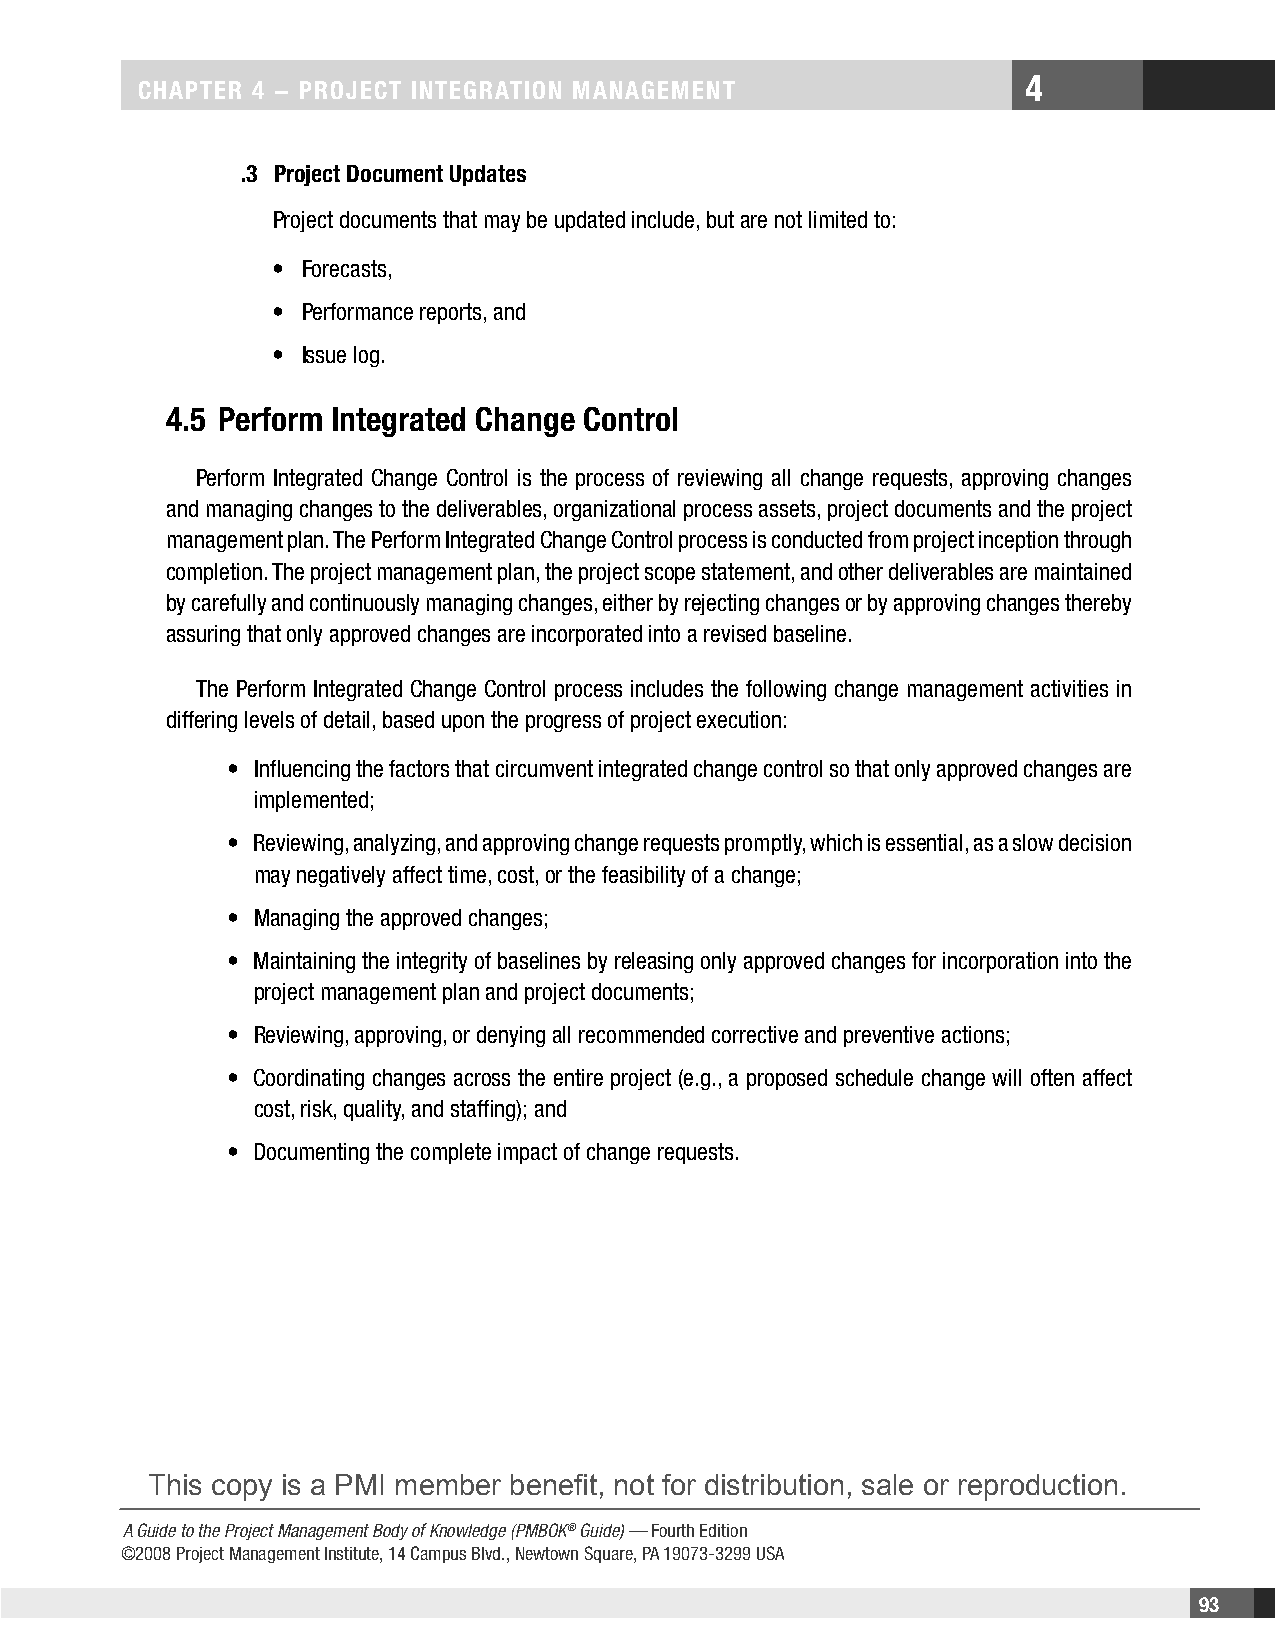
4
 CHaPteR 4 − PRojeCt IntegRatIon management
 .3 Project Document updates
 Project documents that may be updated include, but are not limited to:
 • Forecasts,
 • Performance reports, and
 • Issue log.
 4.5 Perform Integrated Change Control
 Perform Integrated Change Control is the process of reviewing all change requests, approving changes
 and managing changes to the deliverables, organizational process assets, project documents and the project
 management plan. The Perform Integrated Change Control process is conducted from project inception through
 completion. The project management plan, the project scope statement, and other deliverables are maintained
 by carefully and continuously managing changes, either by rejecting changes or by approving changes thereby
 assuring that only approved changes are incorporated into a revised baseline.
 The Perform Integrated Change Control process includes the following change management activities in
 differing levels of detail, based upon the progress of project execution:
 • Influencing the factors that circumvent integrated change control so that only approved changes are
 implemented;
 • Reviewing, analyzing, and approving change requests promptly, which is essential, as a slow decision
 may negatively affect time, cost, or the feasibility of a change;
 • Managing the approved changes;
 • Maintaining the integrity of baselines by releasing only approved changes for incorporation into the
 project management plan and project documents;
 • Reviewing, approving, or denying all recommended corrective and preventive actions;
 • Coordinating changes across the entire project (e.g., a proposed schedule change will often affect
 cost, risk, quality, and staffing); and
 • Documenting the complete impact of change requests.
 This copy is a PMI member benefit, not for distribution, sale or reproduction.
 A Guide to the Project Management Body of Knowledge (PMBOK® Guide) — Fourth Edition
 ©2008 Project Management Institute, 14 Campus Blvd., Newtown Square, PA 19073-3299 USA
 93